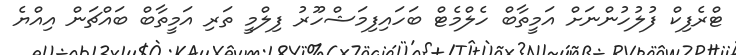
ޓްރެފިކް ފުލުހުންނަށް އަމީތާބް ހެލްމެޓް ބަހައިފިމަޝްހޫރު ފިލްމީ ތަރި އަމީތާބް ބައްޗަން އިއްޔެ